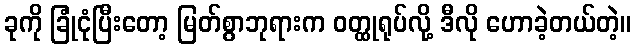
ခုကို ခြုံငုံပြီးတော့ မြတ်စွာဘုရားက ဝတ္ထုရုပ်လို့ ဒီလို ဟောခဲ့တယ်တဲ့။